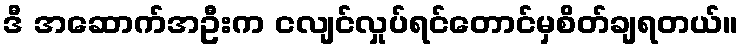
ဒီ အဆောက်အဦးက ငလျင်လှုပ်ရင်တောင်မှစိတ်ချရတယ်။